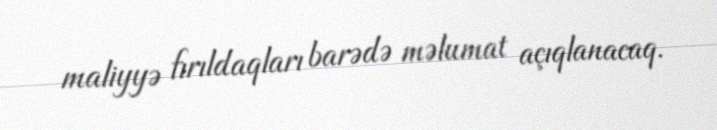
maliyyə fırıldaqları barədə məlumat açıqlanacaq.